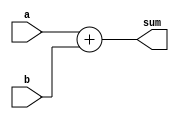
module add_two_values(a,b,sum);
    input wire[3:0] a,b;
    output wire[4:0] sum;
    
    function [4:0] add_two_values_func;
       input wire[3:0] a,b;
       reg[4:0] c;
       begin
            c = a + b;
            add_two_values_func = c;
       end
    endfunction
    
     assign sum = add_two_values_func(a,b);
   
    
endmodule